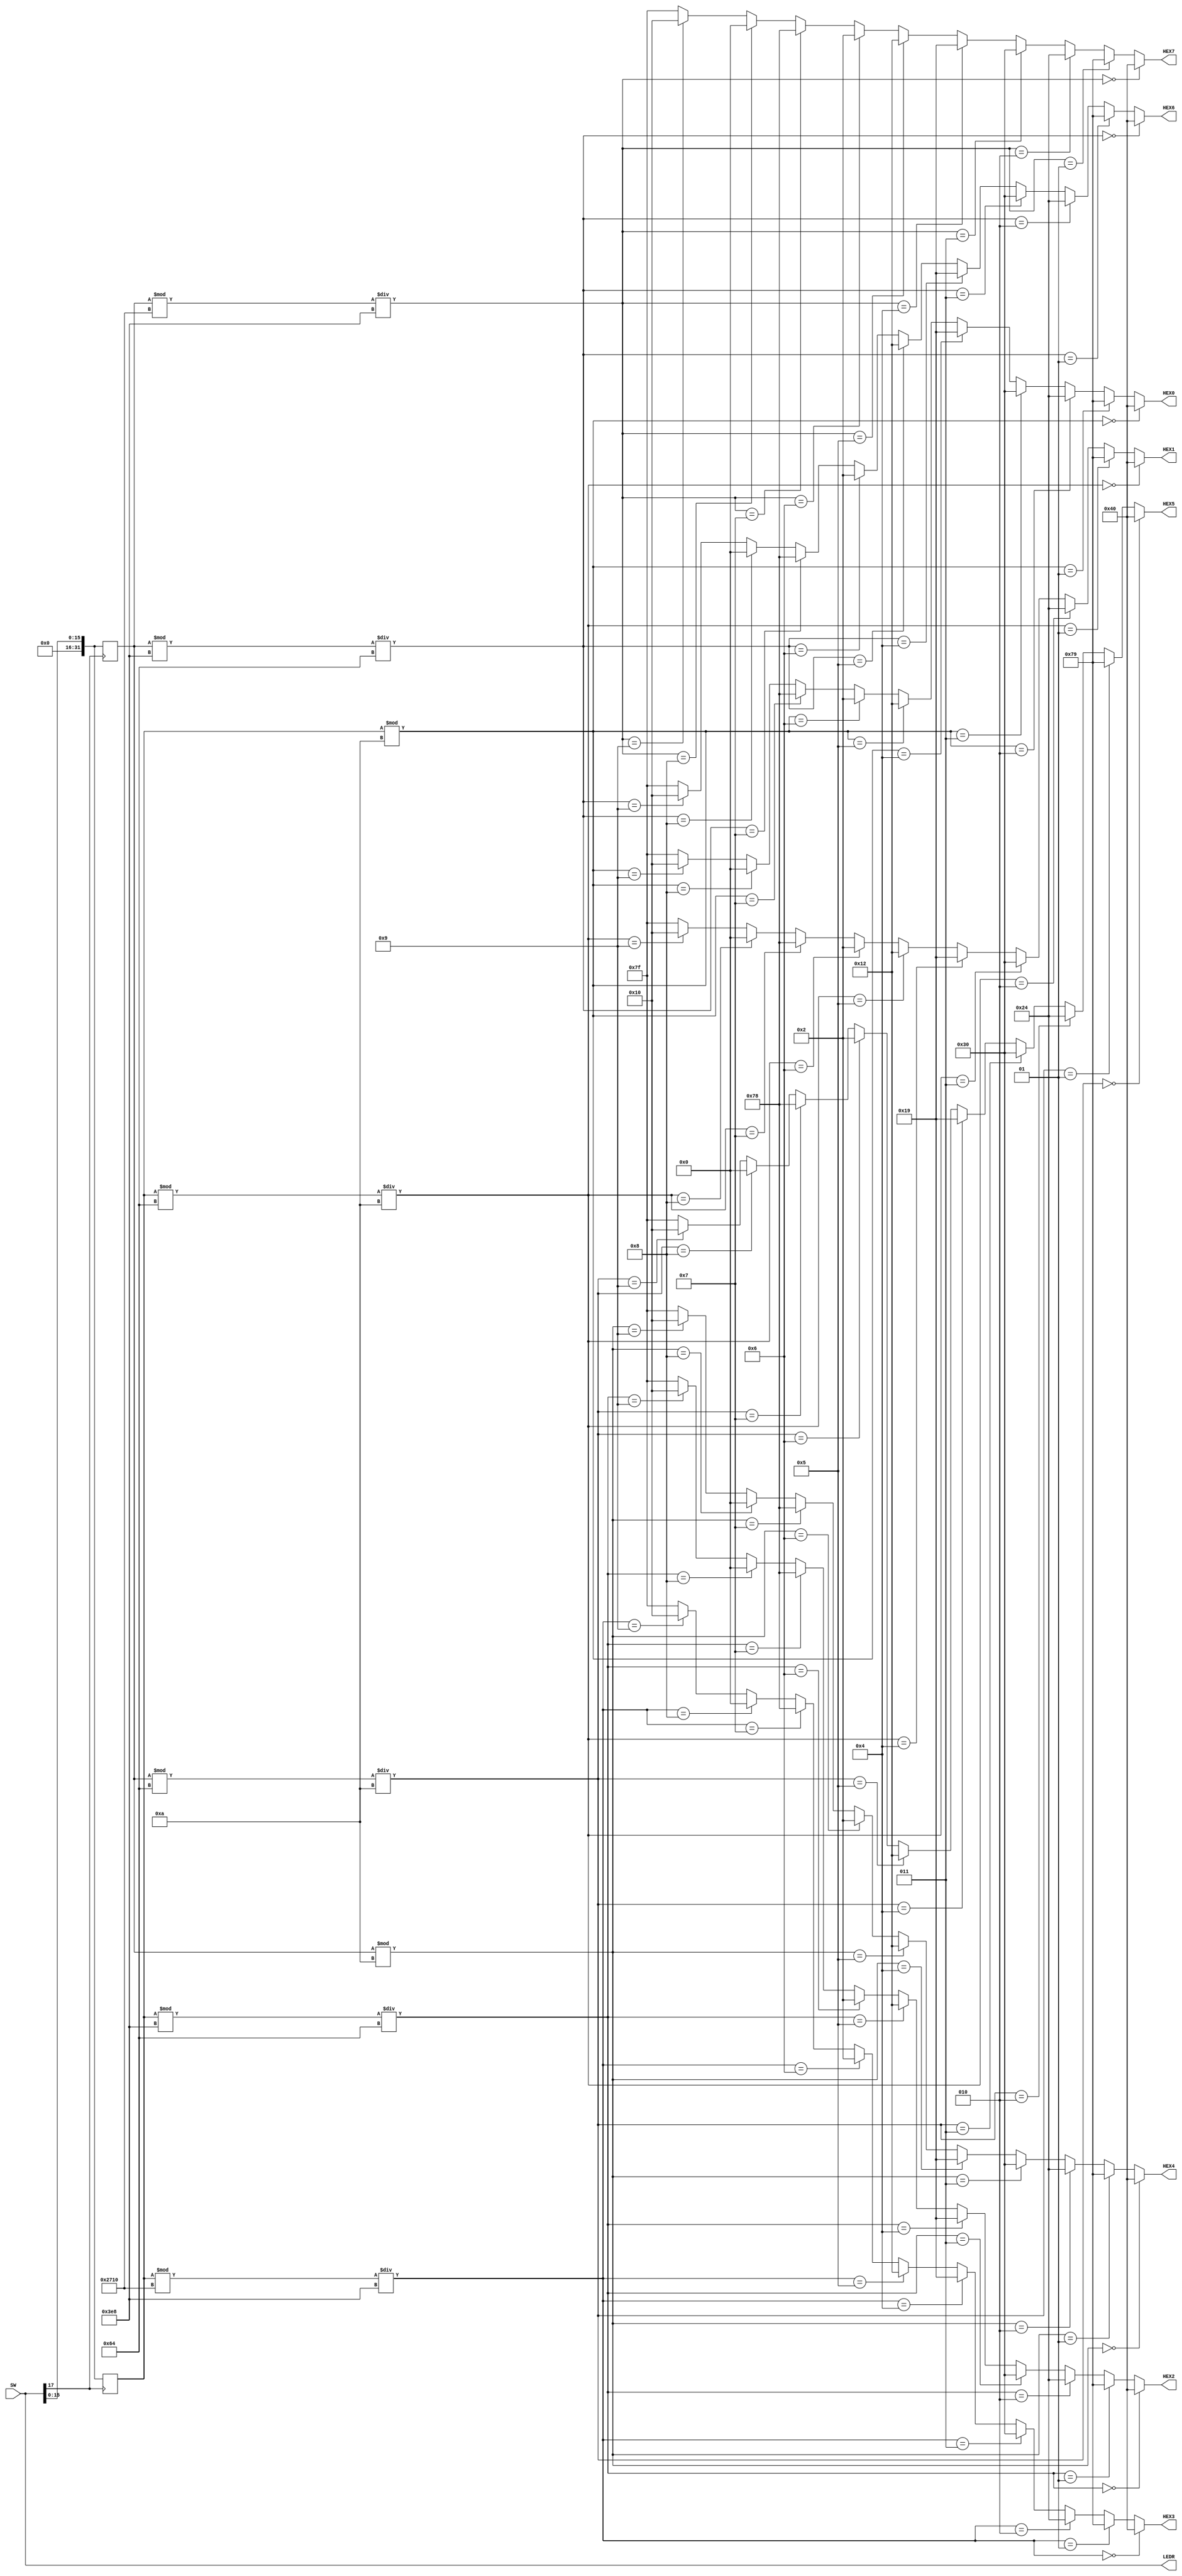
//This lab inputs the number A from the 16 switches, stores it, and displays it on HEX[7:4]. After toggling 
//SW[17] high A is displayed and stored. B is inputted, stored on SW[17] going low, and displayed on HEX[3:0].
//Instructions: place all switches low before starting program. Load program, use SW[15:0] to 
//              input number A. Toggle SW[17] high to store A.
//              Input number B. Toggle SW[17] low to store B.
//					 Both numbers should be displayed on the HEX displays.
//Digits in numbers A and B past the 4th least significant digit will not be displayed.
`define BLANK 7'b1111111
`define ZERO 7'b1000000
`define ONE 7'b1111001
`define TWO 7'b0100100
`define THREE 7'b0110000
`define FOUR 7'b0011001
`define FIVE 7'b0010010
`define SIX 7'b0000010
`define SEVEN 7'b1111000
`define EIGHT 7'b0000000
`define NINE 7'b0010000

module Lab35_1 (SW, LEDR, HEX0, HEX1, HEX2, HEX3, HEX4, HEX5, HEX6, HEX7);
input [17:0] SW;
output [17:0] LEDR;
output [6:0]HEX0;
output [6:0]HEX1;
output [6:0]HEX2;
output [6:0]HEX3;
output [6:0]HEX4;
output [6:0]HEX5;
output [6:0]HEX6;
output [6:0]HEX7;

integer A, B;
wire [15:0]numberFromLEDs;

assign numberFromLEDs[15:0] = LEDR[15:0];
assign LEDR = SW;

always @(posedge SW[17]) begin // stores number A
A = numberFromLEDs;
end

always @(negedge SW[17]) begin // stores number B
B = numberFromLEDs;
end

assign HEX0 = (B % 10 == 0)?`ZERO: // 0
				  (B % 10 == 1)?`ONE: // 1
				  (B % 10 == 2)?`TWO: // 2
				  (B % 10 == 3)?`THREE: // 3
				  (B % 10 == 4)?`FOUR: // 4
				  (B % 10 == 5)?`FIVE: // 5
				  (B % 10 == 6)?`SIX: // 6
				  (B % 10 == 7)?`SEVEN: // 7
				  (B % 10 == 8)?`EIGHT: // 8
			     (B % 10 == 9)?`NINE: // 9
				   `BLANK; // BLANK
					
assign HEX1 = ((B % 100) / 10 == 0)?`ZERO: // 0
				  ((B % 100) / 10 == 1)?`ONE: // 1
				  ((B % 100) / 10 == 2)?`TWO: // 2
				  ((B % 100) / 10 == 3)?`THREE: // 3
				  ((B % 100) / 10 == 4)?`FOUR: // 4
				  ((B % 100) / 10 == 5)?`FIVE: // 5
				  ((B % 100) / 10 == 6)?`SIX: // 6
				  ((B % 100) / 10 == 7)?`SEVEN: // 7
				  ((B % 100) / 10 == 8)?`EIGHT: // 8
			     ((B % 100) / 10 == 9)?`NINE: // 9
				   `BLANK; // BLANK
					
assign HEX2 = ((B % 1000) / 100 == 0)?`ZERO: // 0
				  ((B % 1000) / 100 == 1)?`ONE: // 1
				  ((B % 1000) / 100 == 2)?`TWO: // 2
				  ((B % 1000) / 100 == 3)?`THREE: // 3
				  ((B % 1000) / 100 == 4)?`FOUR: // 4
				  ((B % 1000) / 100 == 5)?`FIVE: // 5
				  ((B % 1000) / 100 == 6)?`SIX: // 6
				  ((B % 1000) / 100 == 7)?`SEVEN: // 7
				  ((B % 1000) / 100 == 8)?`EIGHT: // 8
			     ((B % 1000) / 100 == 9)?`NINE: // 9
				   `BLANK; // BLANK
					
assign HEX3 = ((B % 10000) / 1000 == 0)?`ZERO: // 0
				  ((B % 10000) / 1000 == 1)?`ONE: // 1
				  ((B % 10000) / 1000 == 2)?`TWO: // 2
				  ((B % 10000) / 1000 == 3)?`THREE: // 3
				  ((B % 10000) / 1000 == 4)?`FOUR: // 4
				  ((B % 10000) / 1000 == 5)?`FIVE: // 5
				  ((B % 10000) / 1000 == 6)?`SIX: // 6
				  ((B % 10000) / 1000 == 7)?`SEVEN: // 7
				  ((B % 10000) / 1000 == 8)?`EIGHT: // 8
			     ((B % 10000) / 1000 == 9)?`NINE: // 9
				   `BLANK; // BLANK
				
assign HEX4 = (A % 10 == 0)?`ZERO: // 0
				  (A % 10 == 1)?`ONE: // 1
				  (A % 10 == 2)?`TWO: // 2
				  (A % 10 == 3)?`THREE: // 3
				  (A % 10 == 4)?`FOUR: // 4
				  (A % 10 == 5)?`FIVE: // 5
				  (A % 10 == 6)?`SIX: // 6
				  (A % 10 == 7)?`SEVEN: // 7
				  (A % 10 == 8)?`EIGHT: // 8
			     (A % 10 == 9)?`NINE: // 9
				   `BLANK; // BLANK
					
assign HEX5 = ((A % 100) / 10 == 0)?`ZERO: // 0
				  ((A % 100) / 10 == 1)?`ONE: // 1
				  ((A % 100) / 10 == 2)?`TWO: // 2
				  ((A % 100) / 10 == 3)?`THREE: // 3
				  ((A % 100) / 10 == 4)?`FOUR: // 4
				  ((A % 100) / 10 == 5)?`FIVE: // 5
				  ((A % 100) / 10 == 6)?`SIX: // 6
				  ((A % 100) / 10 == 7)?`SEVEN: // 7
				  ((A % 100) / 10 == 8)?`EIGHT: // 8
			     ((A % 100) / 10 == 9)?`NINE: // 9
				   `BLANK; // BLANK
					
assign HEX6 = ((A % 1000) / 100 == 0)?`ZERO: // 0
				  ((A % 1000) / 100 == 1)?`ONE: // 1
				  ((A % 1000) / 100 == 2)?`TWO: // 2
				  ((A % 1000) / 100 == 3)?`THREE: // 3
				  ((A % 1000) / 100 == 4)?`FOUR: // 4
				  ((A % 1000) / 100 == 5)?`FIVE: // 5
				  ((A % 1000) / 100 == 6)?`SIX: // 6
				  ((A % 1000) / 100 == 7)?`SEVEN: // 7
				  ((A % 1000) / 100 == 8)?`EIGHT: // 8
			     ((A % 1000) / 100 == 9)?`NINE: // 9
				   `BLANK; // BLANK
					
assign HEX7 = ((A % 10000) / 1000 == 0)?`ZERO: // 0
				  ((A % 10000) / 1000 == 1)?`ONE: // 1
				  ((A % 10000) / 1000 == 2)?`TWO: // 2
				  ((A % 10000) / 1000 == 3)?`THREE: // 3
				  ((A % 10000) / 1000 == 4)?`FOUR: // 4
				  ((A % 10000) / 1000 == 5)?`FIVE: // 5
				  ((A % 10000) / 1000 == 6)?`SIX: // 6
				  ((A % 10000) / 1000 == 7)?`SEVEN: // 7
				  ((A % 10000) / 1000 == 8)?`EIGHT: // 8
			     ((A % 10000) / 1000 == 9)?`NINE: // 9
				   `BLANK; // BLANK
endmodule